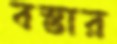
বস্তার